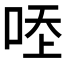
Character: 𠳒